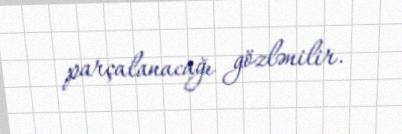
parçalanacağı gözlənilir.